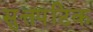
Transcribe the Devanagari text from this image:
सुत्तपटिक